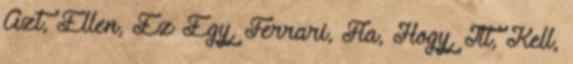
Azt, Ellen, Ez Egy, Ferrari, Fia, Hogy, Itt, Kell,